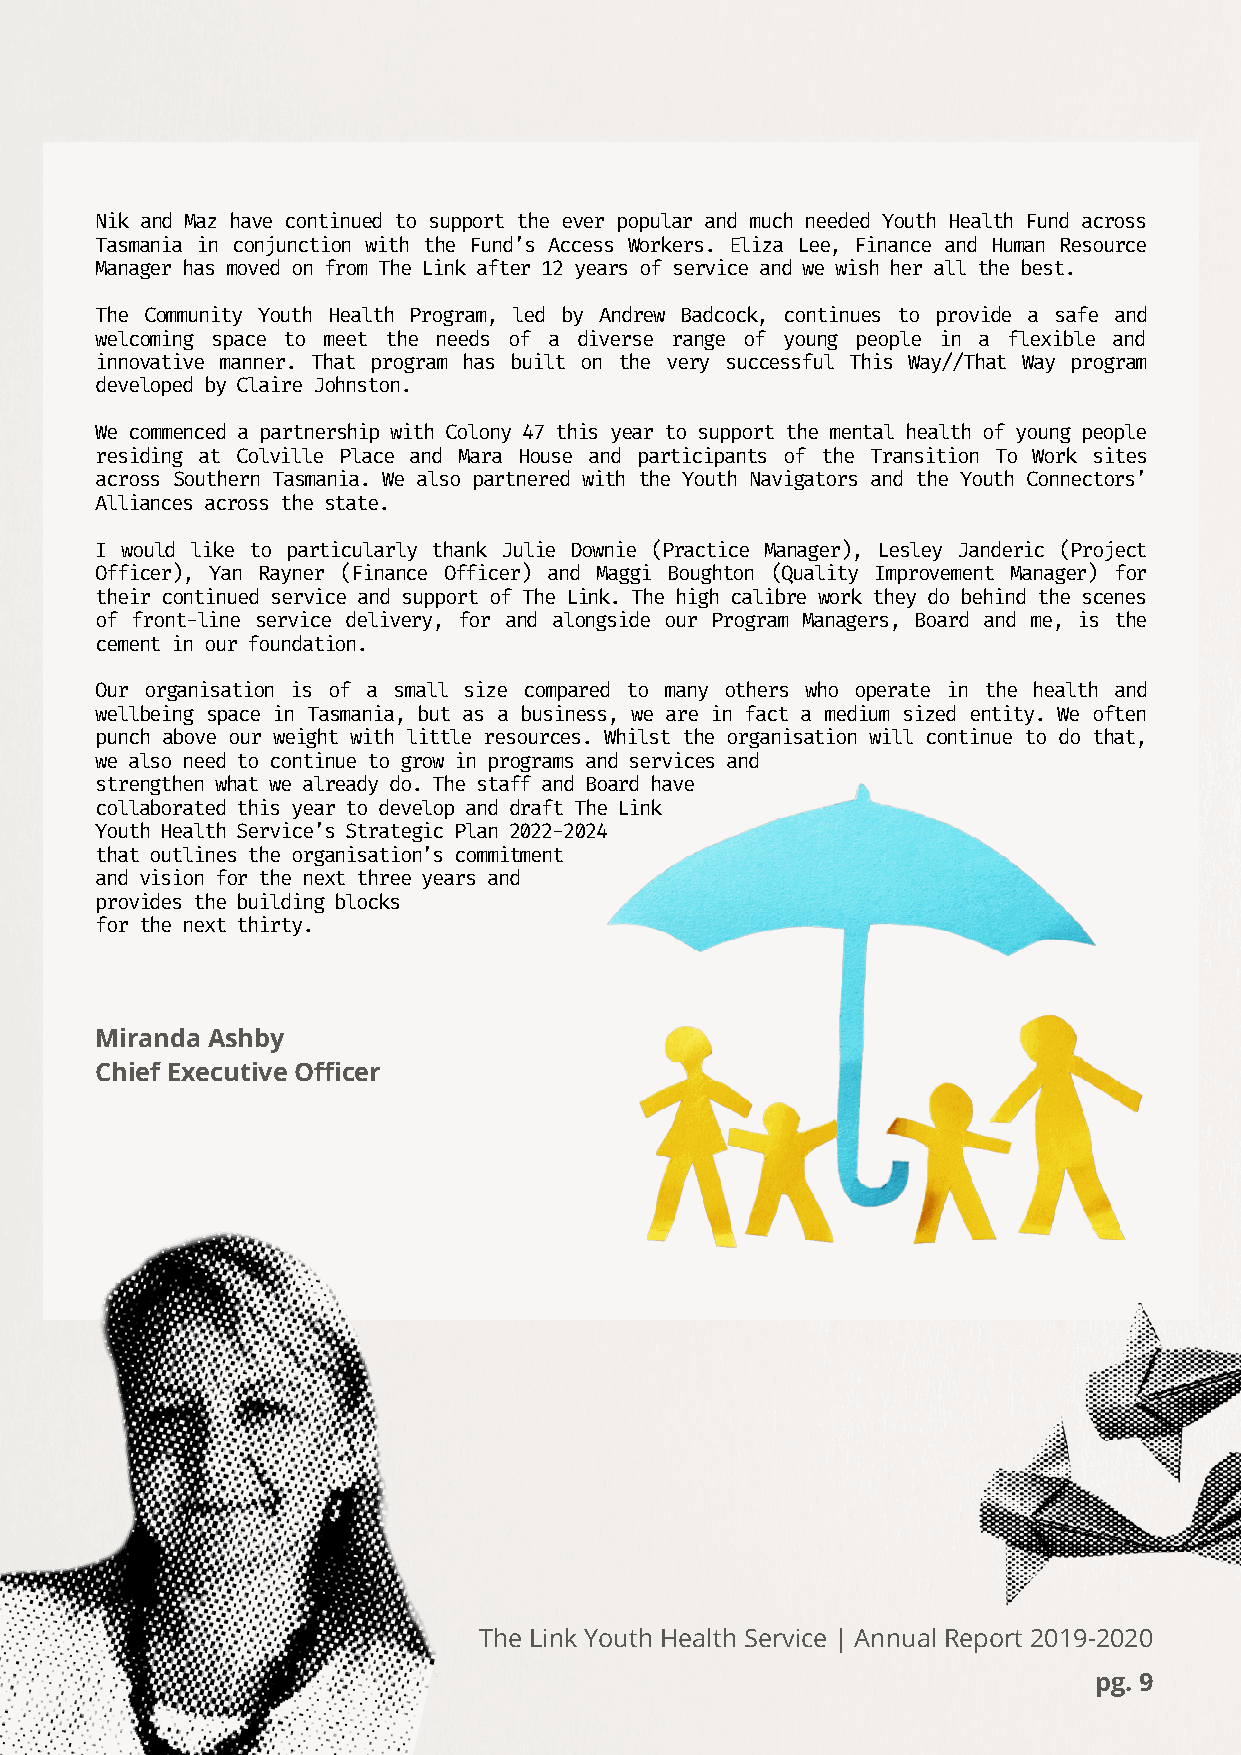
Nik and Maz have continued to support the ever popular and much needed Youth Health Fund across
 Tasmania in conjunction with the Fund’s Access Workers. Eliza Lee, Finance and Human Resource
 Manager has moved on from The Link after 12 years of service and we wish her all the best.
 The Community Youth Health Program, led by Andrew Badcock, continues to provide a safe and
 welcoming space to meet the needs of a diverse range of young people in a flexible and
 innovative manner. That program has built on the very successful This Way//That Way program
 developed by Claire Johnston.
 We commenced a partnership with Colony 47 this year to support the mental health of young people
 residing at Colville Place and Mara House and participants of the Transition To Work sites
 across Southern Tasmania. We also partnered with the Youth Navigators and the Youth Connectors’
 Alliances across the state.
 I would like to particularly thank Julie Downie (Practice Manager), Lesley Janderic (Project
 Officer), Yan Rayner (Finance Officer) and Maggi Boughton (Quality Improvement Manager) for
 their continued service and support of The Link. The high calibre work they do behind the scenes
 of front-line service delivery, for and alongside our Program Managers, Board and me, is the
 cement in our foundation.
 Our organisation is of a small size compared to many others who operate in the health and
 wellbeing space in Tasmania, but as a business, we are in fact a medium sized entity. We often
 punch above our weight with little resources. Whilst the organisation will continue to do that,
 we also need to continue to grow in programs and services and
 strengthen what we already do. The staff and Board have
 collaborated this year to develop and draft The Link
 Youth Health Service’s Strategic Plan 2022-2024
 that outlines the organisation’s commitment
 and vision for the next three years and
 provides the building blocks
 for the next thirty.
 Miranda Ashby
 Chief Executive Officer
 The Link Youth Health Service | Annual Report 2019-2020
 pg. 9